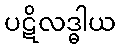
ပဋိလဒ္ဓါယ